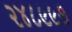
૨૪૮૯૯૭